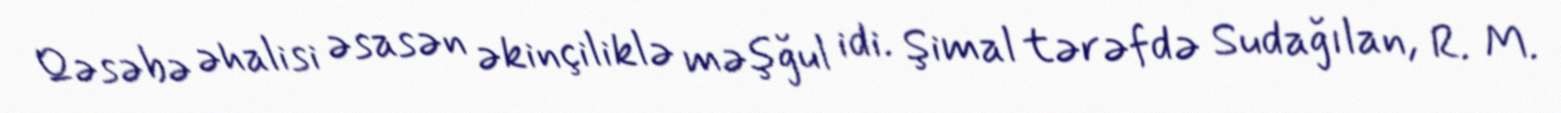
Qəsəbə əhalisi əsasən əkinçiliklə məşğul idi. Şimal tərəfdə Sudağılan, R. M.